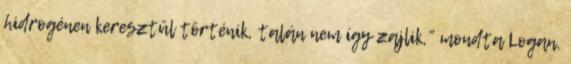
hidrogénen keresztül történik, talán nem így zajlik,” mondta Logan.